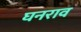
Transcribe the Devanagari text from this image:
घनराव